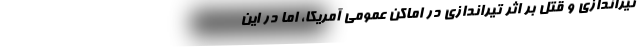
تیراندازی و قتل بر اثر تیراندازی در اماکن عمومی آمریکا، اما در این